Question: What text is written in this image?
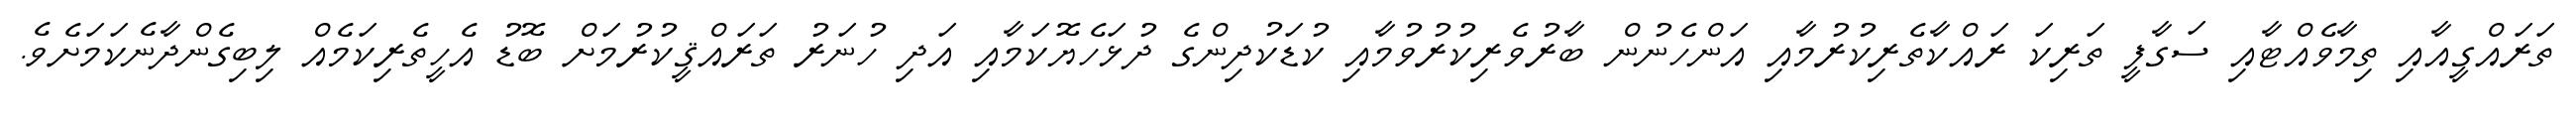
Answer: ތަރައްގީއާއި ތިމާވެއްޓާއި ސަގާފީ ތަރިކަ ރައްކާތެރިކުރުމާއި އަންހެނުން ބާރުވެރިކުރުވުމާއި ކުޑަކުދިންގެ ދުޅަހެޔޮކަމާއި އަދި ހުނަރު ތަރައްޤީކުރުމަށް ބޮޑު އެހީތެރިކަމެއް ލިބިގެންދާނެކަމަށެވެ.